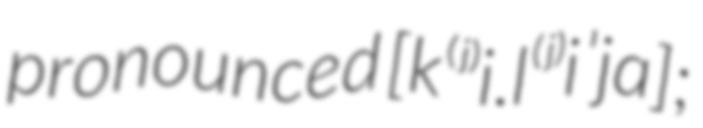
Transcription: pronounced [k⁽ʲ⁾i.l⁽ʲ⁾iˈjɑ];